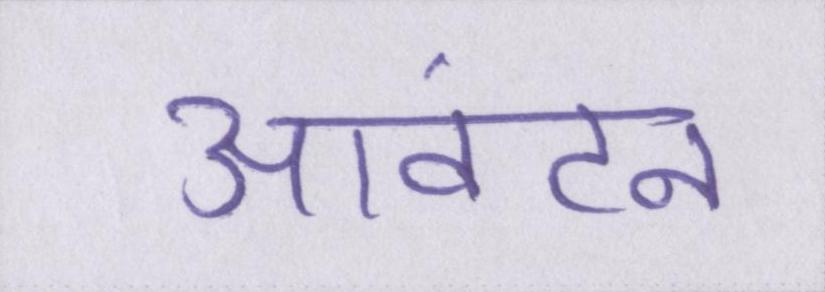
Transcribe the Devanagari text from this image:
आवंटन